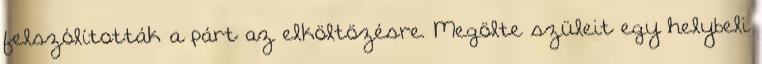
felszólították a párt az elköltözésre. Megölte szüleit egy helybeli